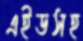
এইডসহ